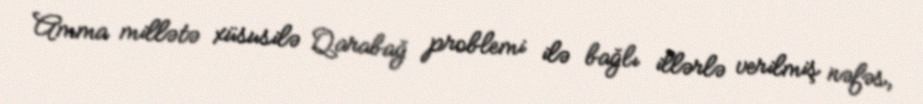
Amma millətə xüsusilə Qarabağ problemi ilə bağlı illərlə verilmiş nəfəs,